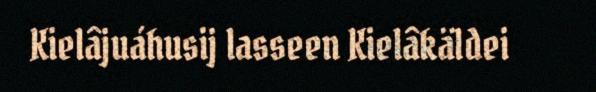
Kielâjuáhusij lasseen Kielâkäldei